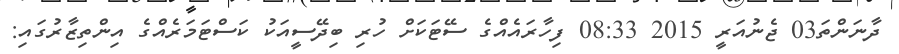
ދާނަންތަ03 ޖެނުއަރީ 2015 08:33 ފިހާރައެއްގެ ސޭޓަކަށް ހުރި ބިދޭސީއަކު ކަސްޓަމަރެއްގެ އިންތިޒާރުގައި: